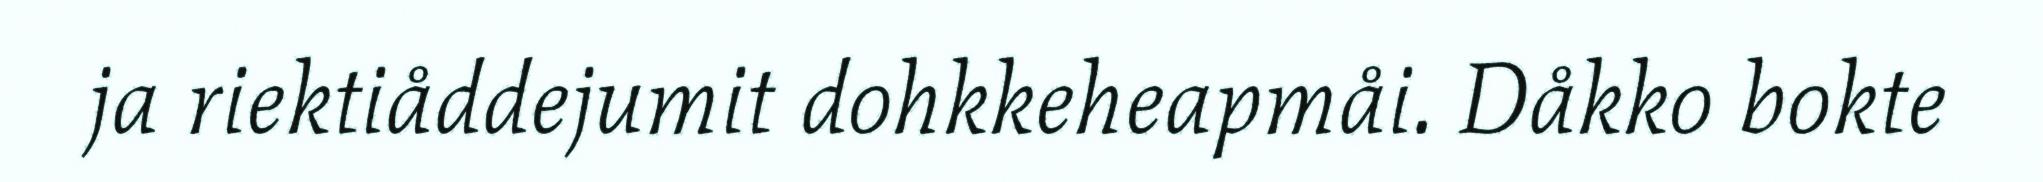
ja riektiåddejumit dohkkeheapmåi. Dåkko bokte